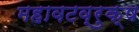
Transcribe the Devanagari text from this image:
महावटव्रुक्ष